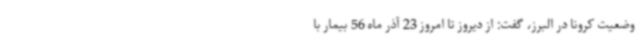
وضعیت کرونا در البرز، گفت: از دیروز تا امروز 23 آذر ماه 56 بیمار با